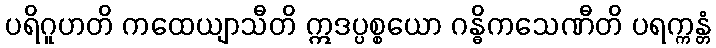
ပရိဂူဟတိ ကထေယျာသီတိ ဣဒပ္ပစ္စယော ဂန္ဓိကသေဏီတိ ပရက္ကန္တံ